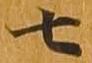
七